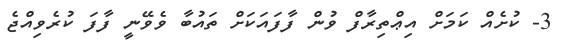
3- ކުށެއް ކަމަށް އިޢްތިރާފް ވުން ފާފައަކަށް ތައުބާ ވެވޭނީ ފާފަ ކުރެވިއްޖެ